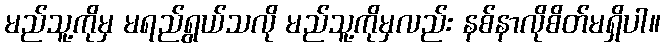
မည်သူ့ကိုမှ မရည်ရွယ်သလို မည်သူ့ကိုမှလည်း နစ်နာလိုစိတ်မရှိပါ။